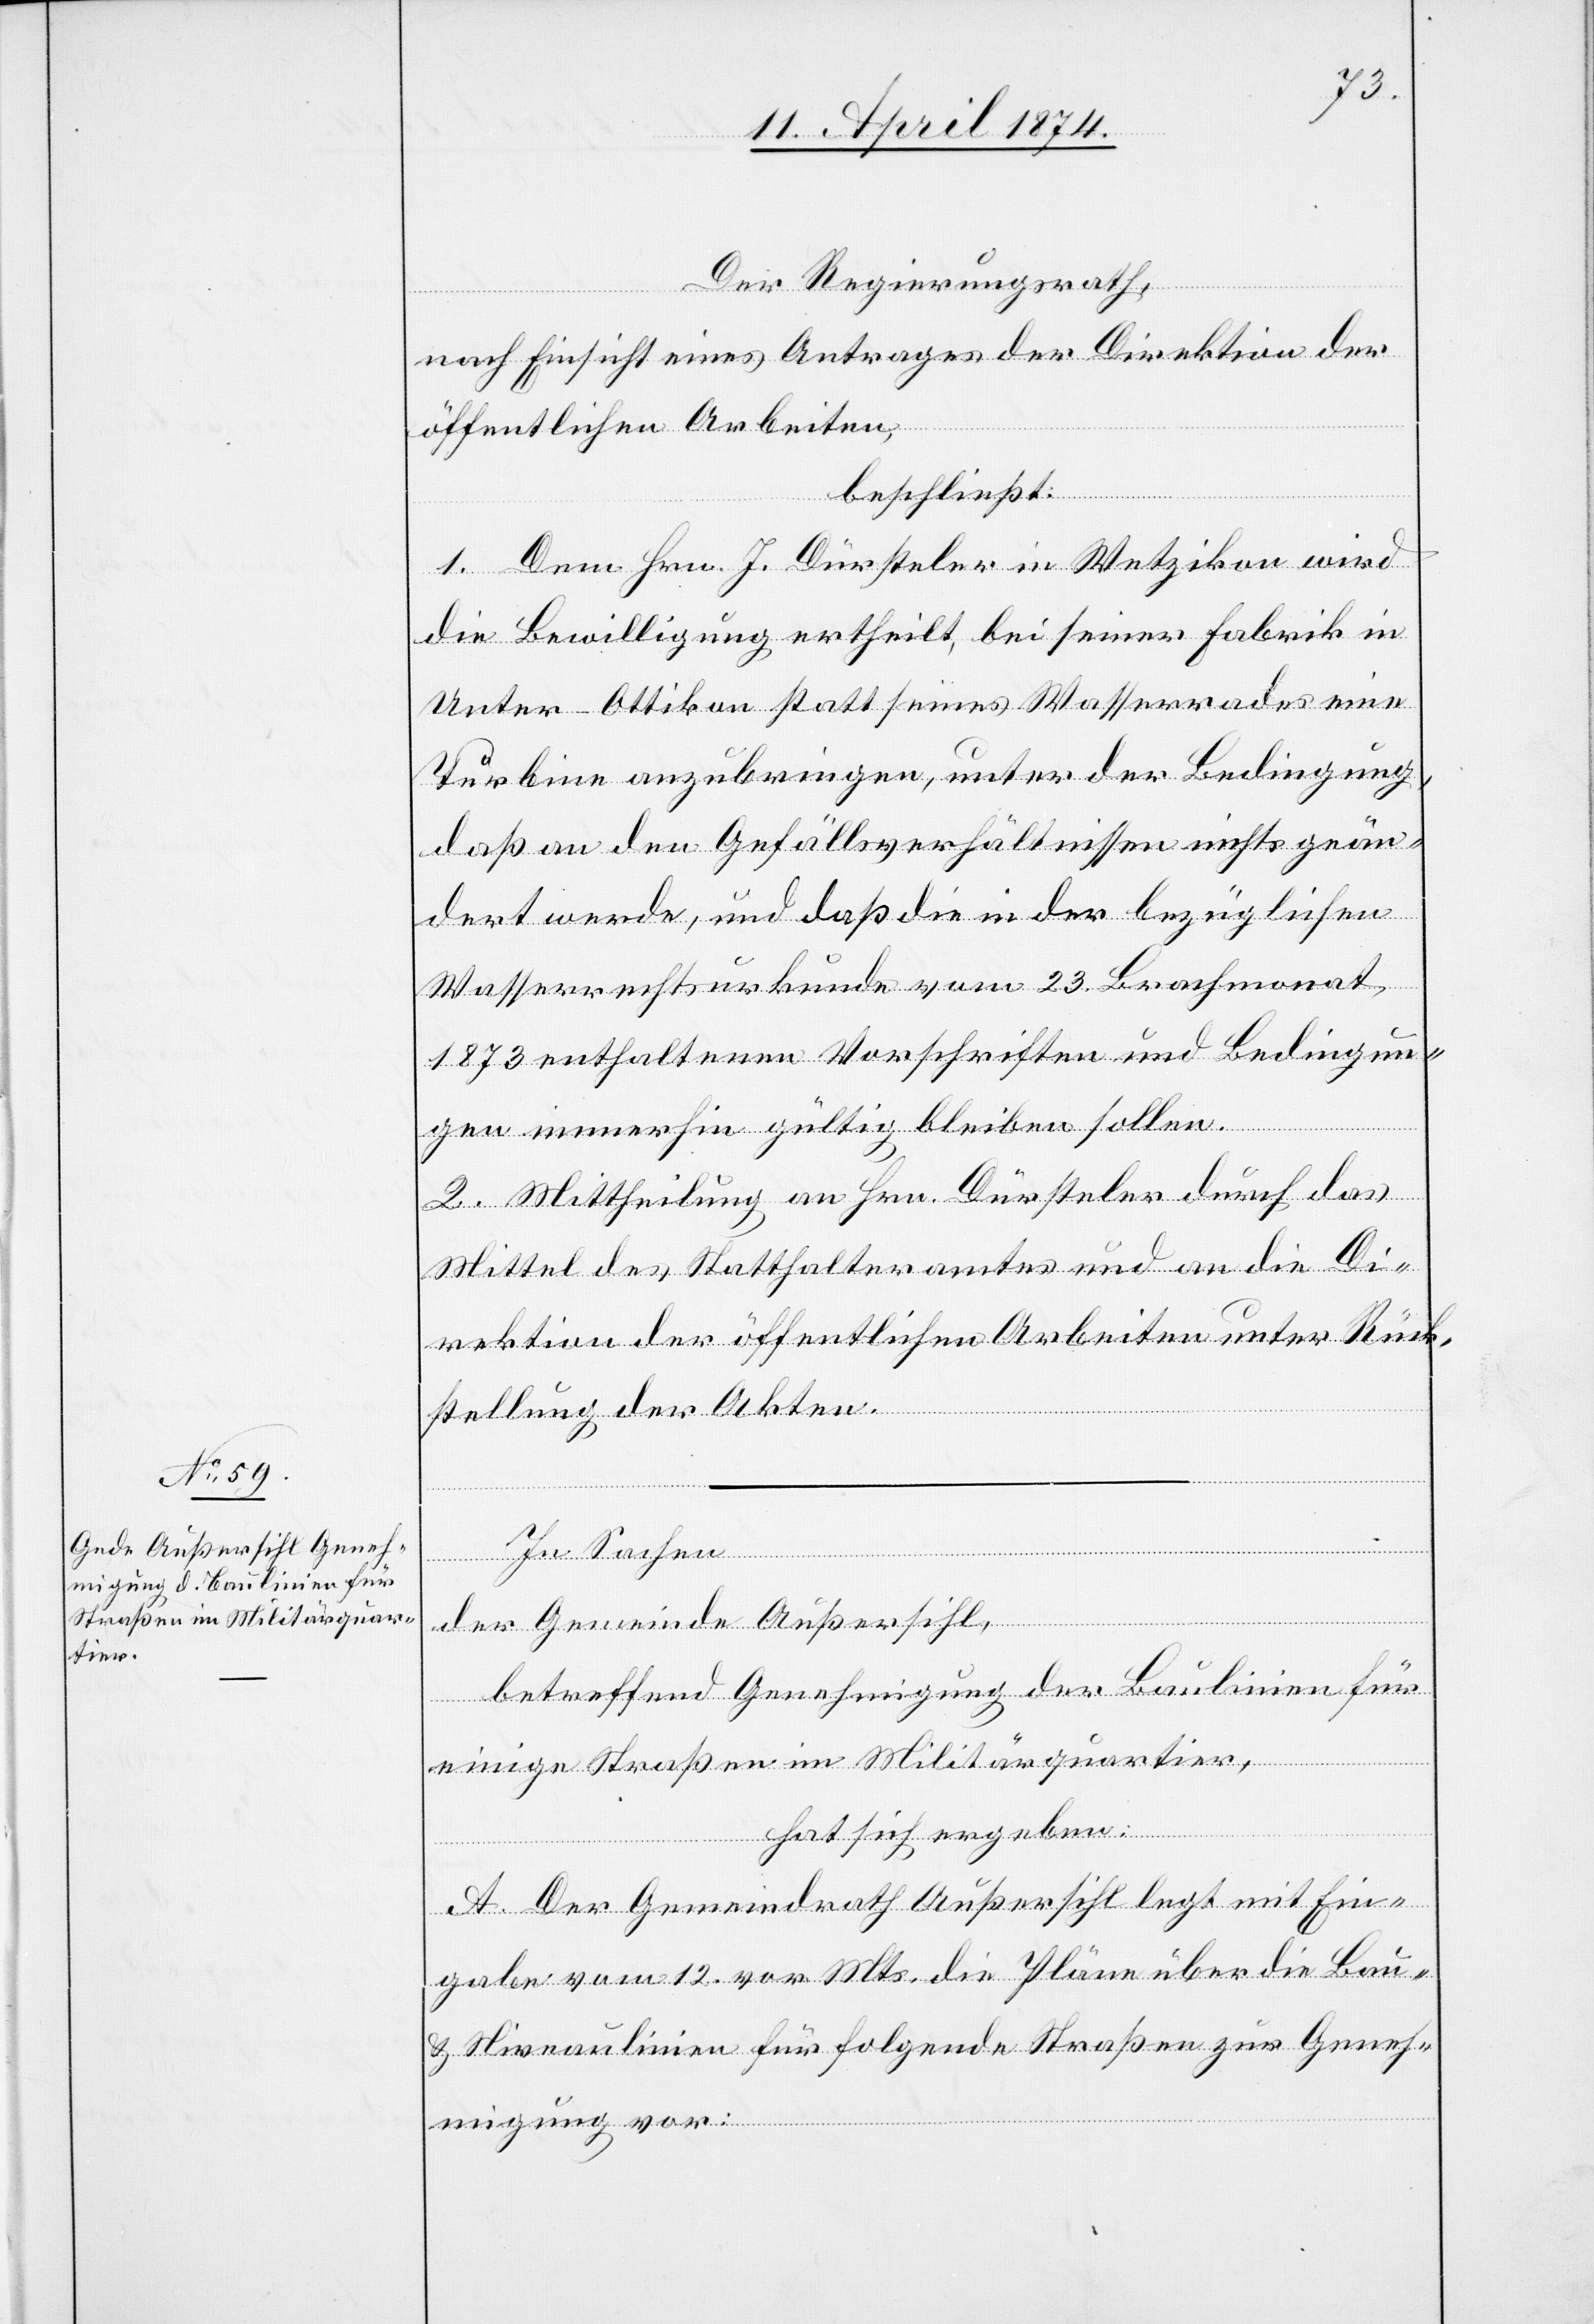
Der Regierungsrath,
nach Einsicht eines Antrages der Direktion der
öffentlichen Arbeiten,
beschließt:
1. Dem Hrn. J. Dürsteler in Wetzikon wird
die Bewilligung ertheilt, bei seiner Fabrik in
Unter-Ottikon statt eines Wasserrades eine
Turbine anzubringen, unter der Bedingung,
daß an den Gefällsverhältnissen nichts geän¬
dert werde, und daß die in der bezüglichen
Wasserrechtsurkunde vom 23. Brachmonat
1873 enthaltenen Vorschriften und Bedingun¬
gen immerhin gültig bleiben sollen.
2. Mittheilung an Hrn. Dürsteler durch das
Mittel des Statthalteramtes und an die Di¬
rektion der öffentlichen Arbeiten unter Rück¬
stellung der Akten.
In Sachen
der Gemeinde Außersihl,
betreffend Genehmigung der Baulinien für
einige Straßen im Militärquartier,
hat sich ergeben:
A. Der Gemeindrath Außersihl legt mit Ein¬
gabe vom 12. vor. Mts. die Pläne über die Bau-
u. Niveaulinien für folgende Straßen zur Geneh¬
migung vor: